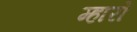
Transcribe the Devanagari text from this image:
म्हारों